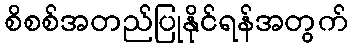
စိစစ်အတည်ပြုနိုင်ရန်အတွက်